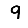
Digit: 9